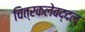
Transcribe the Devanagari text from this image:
चित्रकलेबद्दल